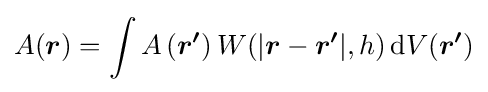
A({\boldsymbol {r}})=\int A\left({\boldsymbol {r^{\prime }}}\right)W(|{\boldsymbol {r}}-{\boldsymbol {r^{\prime }}}|,h)\,\mathrm {d} V\!\left({\boldsymbol {r'}}\right)